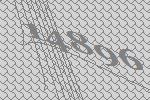
14896